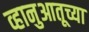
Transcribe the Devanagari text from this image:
व्हानुआतूच्या